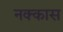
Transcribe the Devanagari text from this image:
नक्कास